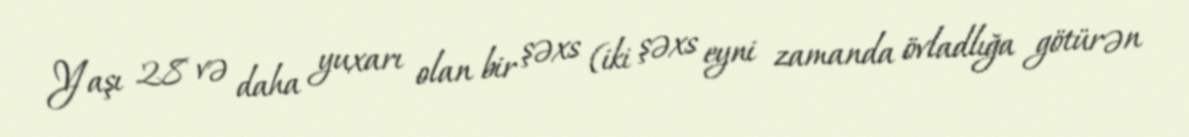
Yaşı 28 və daha yuxarı olan bir şəxs (iki şəxs eyni zamanda övladlığa götürən